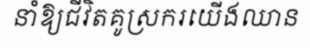
នាំឱ្យជីវិតគូស្រករយើងឈាន